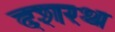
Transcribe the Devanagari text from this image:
दशरथ